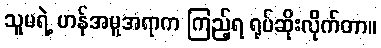
သူမရဲ့ ဟန်အမူအရာက ကြည့်ရ ရုပ်ဆိုးလိုက်တာ။